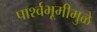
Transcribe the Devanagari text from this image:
पार्श्‍वभूमीमुळे